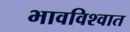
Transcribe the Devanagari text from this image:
भावविश्‍वात